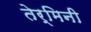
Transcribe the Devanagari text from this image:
तेर्मिनी